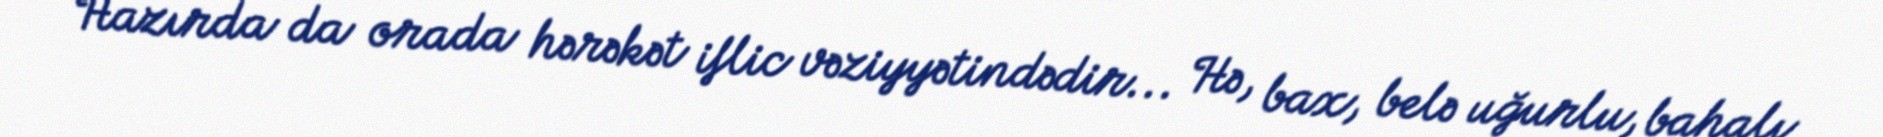
Hazırda da orada hərəkət iflic vəziyyətindədir... Hə, bax, belə uğurlu, bahalı